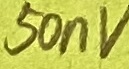
Text: 50nV